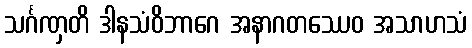
သင်္ဂဏှတိ ဒါနသံဝိဘာဂေ အနာဂတဿေဝ အသာဟသံ